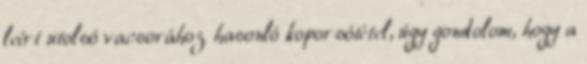
leírt utolsó vacsorához hasonló koporsótétel, úgy gondolom, hogy a